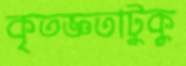
কৃতজ্ঞতাটুকু